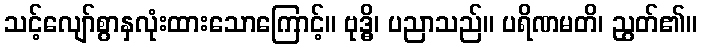
သင့်လျော်စွာနှလုံးထားသောကြောင့်။ ဗုဒ္ဓိ၊ ပညာသည်။ ပရိဏမတိ၊ ညွတ်၏။